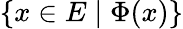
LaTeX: \{ x\in E\mid\Phi(x)\}